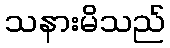
သနားမိသည်